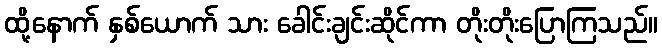
ထို့နောက် နှစ်ယောက် သား ခေါင်းချင်းဆိုင်ကာ တိုးတိုးပြောကြသည်။